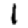
Digit: 1